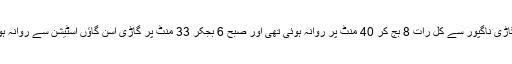
یہ گاڑی ناگپور سے کل رات 8 بج کر 40 منٹ پر روانہ ہوئی تھی اور صبح 6 بجکر 33 منٹ پر گاڑی آسن گاؤں اسٹیشن سے روانہ ہوئی۔